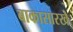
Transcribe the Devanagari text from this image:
बाकासारखे